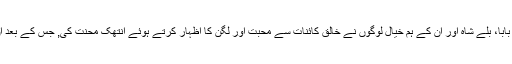
بلاول نے کہا کہ حضرت داتا گنج بخش، رحمان بابا، بلے شاہ اور ان کے ہم خیال لوگوں نے خالق کائنات سے محبت اور لگن کا اظہار کرتے ہوئے انتھک محنت کی, جس کے بعد ان کے کروڑوں عقیدت مندوں نے اسلام قبول کیا۔